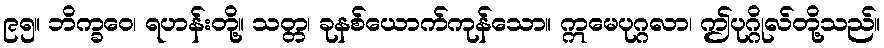
၉၅။ ဘိက္ခဝေ၊ ရဟန်းတို့။ သတ္တ၊ ခုနစ်ယောက်ကုန်သော။ ဣမေပုဂ္ဂလာ၊ ဤပုဂ္ဂိုလ်တို့သည်။